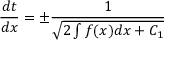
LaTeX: { \frac { d t } { d x } } = \pm { \frac { 1 } { \sqrt { 2 \int f ( x ) d x + C _ { 1 } } } }